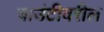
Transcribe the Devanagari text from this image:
बाउंटीवरील